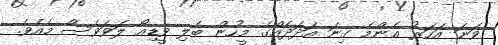
ވަނަ އަހަރު އެންމެ ގިނަ އަދަދެއްގެ މީހުން ބެލި ވީޑިއޯ ލަވަވެސް މެއެވެ.